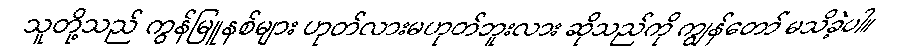
သူတို့သည် ကွန်မြူနစ်များ ဟုတ်လားမဟုတ်ဘူးလား ဆိုသည်ကို ကျွန်တော် မသိခဲ့ပါ။